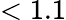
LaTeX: <1.1